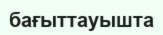
бағыттауышта